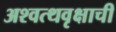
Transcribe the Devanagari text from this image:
अश्वत्थवृक्षाची